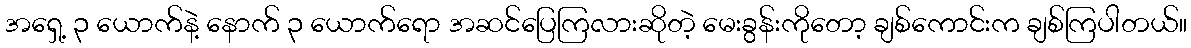
အရှေ့ ၃ ယောက်နဲ့ နောက် ၃ ယောက်ရော အဆင်ပြေကြလားဆိုတဲ့ မေးခွန်းကိုတော့ ချစ်ကောင်းက ချစ်ကြပါတယ်။